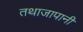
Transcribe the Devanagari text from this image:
तथाजापानी